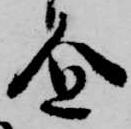
企